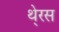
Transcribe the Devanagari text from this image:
थे्रस